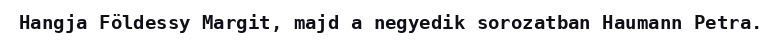
Hangja Földessy Margit, majd a negyedik sorozatban Haumann Petra.